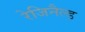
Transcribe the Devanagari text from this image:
रेजिनैल्ड